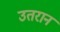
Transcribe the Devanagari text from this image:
उतरान